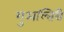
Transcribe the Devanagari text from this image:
गुअल्तिरी